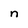
Character: n